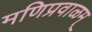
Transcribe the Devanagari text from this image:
मणिप्रवाळम्